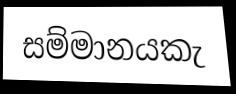
සම්මානයකැ